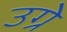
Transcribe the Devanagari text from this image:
उग्रे